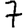
Digit: 7